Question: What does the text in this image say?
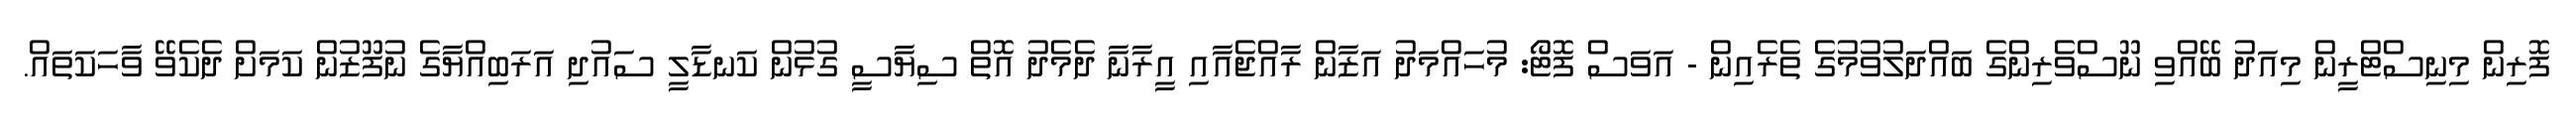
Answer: ފޮރިން މިނިސްޓްރީން މިއަދު ބޭއްވި ނޫސްވެރިންގެ ބައްދަލުވުމުގެ ތެރެއިން - އަވަސް ފޮޓޯ: މުހައްމަދު އަޒާން ރާއްޖެއާއި އީރާނާ ދެމެދު އޮތް ސިޔާސީ ގުޅުން ކަނޑާލީ ސައުދި އަރަބިއްޔާގެ ނުފޫޒުން ކަމަށް ދެކެވޭ ވާހަކަތައް.